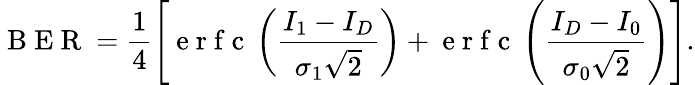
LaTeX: \mathrm{~B~E~R~}=\frac{1}{4}\left[\mathrm{~e~r~f~c~}\left(\frac{I_{1}-I_{D}}{\sigma_{1}\sqrt{2}}\right)+\mathrm{~e~r~f~c~}\left(\frac{I_{D}-I_{0}}{\sigma_{0}\sqrt{2}}\right)\right].